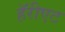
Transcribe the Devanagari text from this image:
हॅरीएट